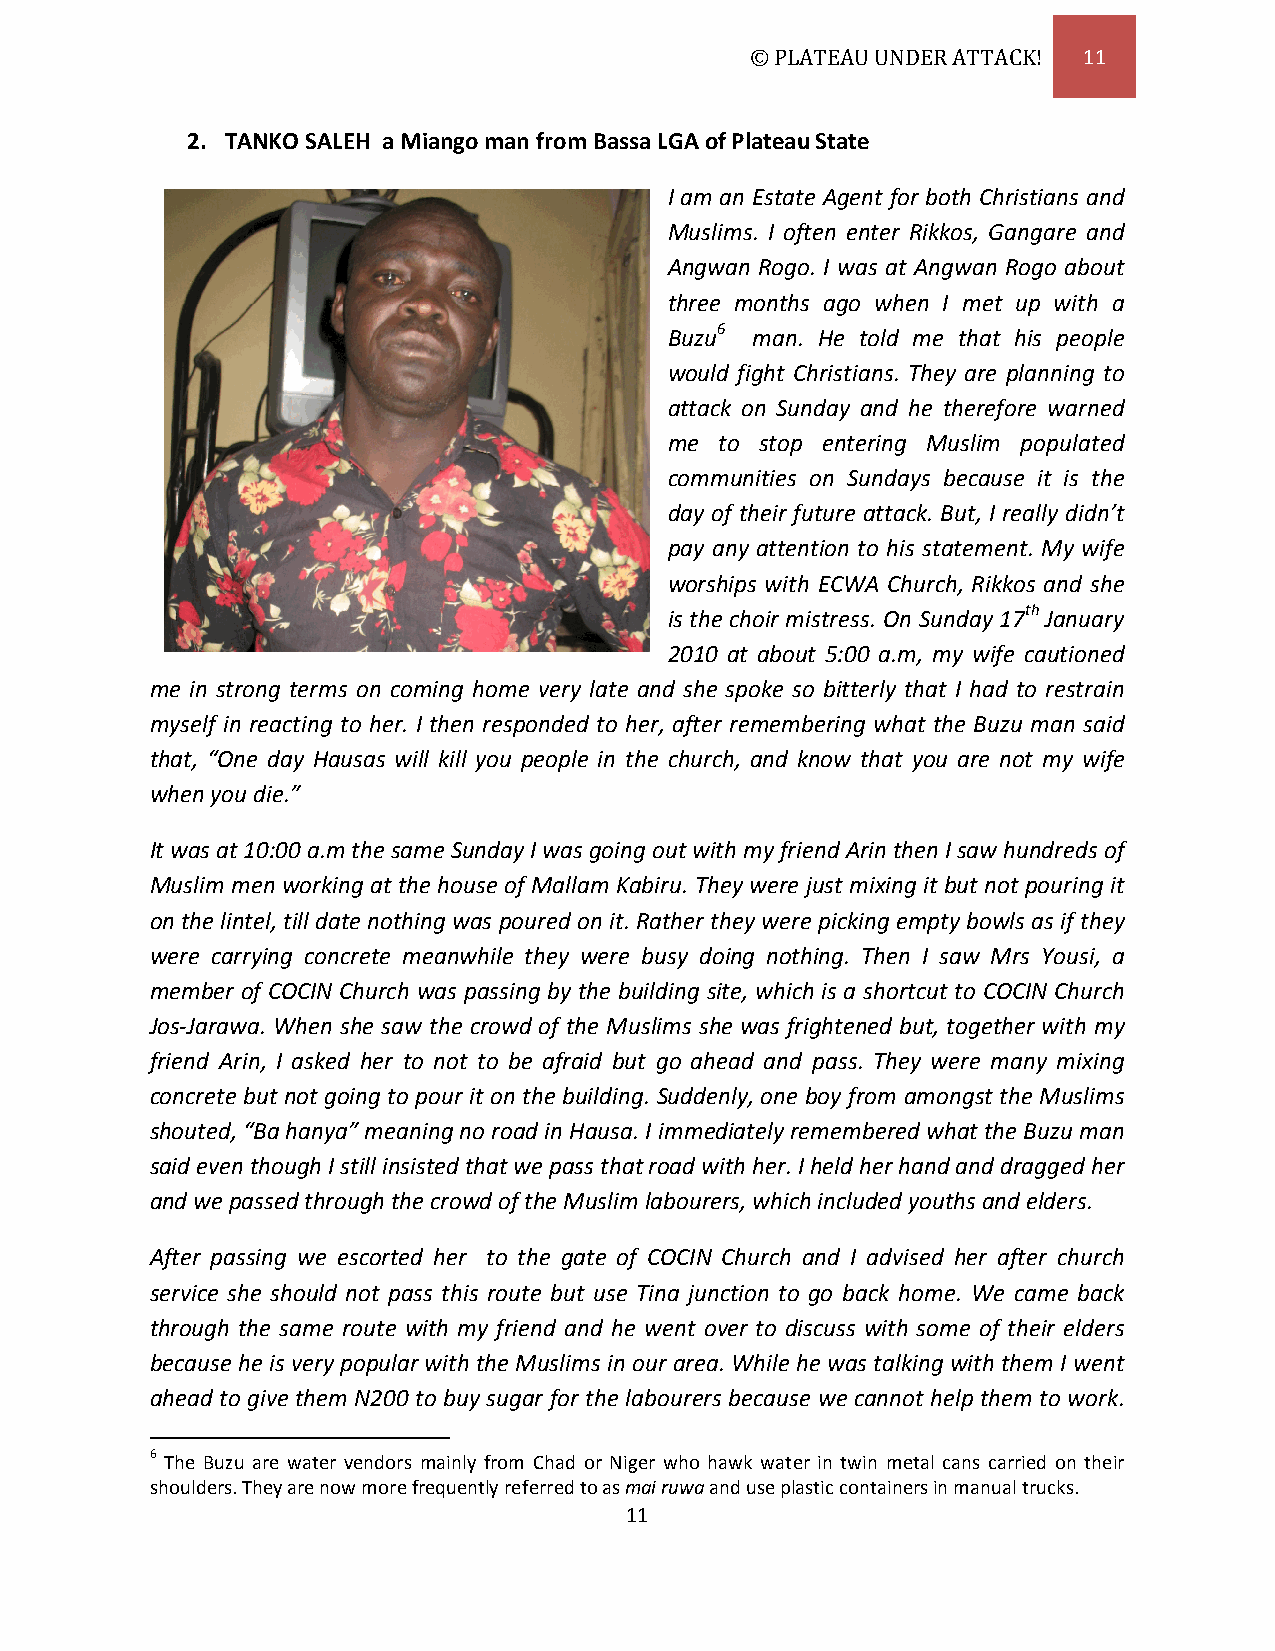
© PLATEAU UNDER ATTACK! 11
 2. TANKO SALEH a Miango man from Bassa LGA of Plateau State
 I am an Estate Agent for both Christians and
 Muslims. I often enter Rikkos, Gangare and
 Angwan Rogo. I was at Angwan Rogo about
 three months ago when I met up with a
 Buzu6 man. He told me that his people
 would fight Christians. They are planning to
 attack on Sunday and he therefore warned
 me  to stop entering Muslim populated
 communities on Sundays because it is the
 day of their future attack. But, I really didn’t
 pay any attention to his statement. My wife
 worships with ECWA Church, Rikkos and she
 is the choir mistress. On Sunday 17th January
 2010 at about 5:00 a.m, my wife cautioned
 me in strong terms on coming home very late and she spoke so bitterly that I had to restrain
 myself in reacting to her. I then responded to her, after remembering what the Buzu man said
 that, “One day Hausas will kill you people in the church, and know that you are not my wife
 when you die.”
 It was at 10:00 a.m the same Sunday I was going out with my friend Arin then I saw hundreds of
 Muslim men working at the house of Mallam Kabiru. They were just mixing it but not pouring it
 on the lintel, till date nothing was poured on it. Rather they were picking empty bowls as if they
 were carrying concrete meanwhile they were busy doing nothing. Then I saw Mrs Yousi, a
 member of COCIN Church was passing by the building site, which is a shortcut to COCIN Church
 Jos-Jarawa. When she saw the crowd of the Muslims she was frightened but, together with my
 friend Arin, I asked her to not to be afraid but go ahead and pass. They were many mixing
 concrete but not going to pour it on the building. Suddenly, one boy from amongst the Muslims
 shouted, “Ba hanya” meaning no road in Hausa. I immediately remembered what the Buzu man
 said even though I still insisted that we pass that road with her. I held her hand and dragged her
 and we passed through the crowd of the Muslim labourers, which included youths and elders.
 After passing we escorted her to the gate of COCIN Church and I advised her after church
 service she should not pass this route but use Tina junction to go back home. We came back
 through the same route with my friend and he went over to discuss with some of their elders
 because he is very popular with the Muslims in our area. While he was talking with them I went
 ahead to give them N200 to buy sugar for the labourers because we cannot help them to work.
 6 The Buzu are water vendors mainly from Chad or Niger who hawk water in twin metal cans carried on their
 shoulders. They are now more frequently referred to as mai ruwa and use plastic containers in manual trucks.
 11